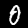
Label: 0